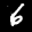
Label: 6